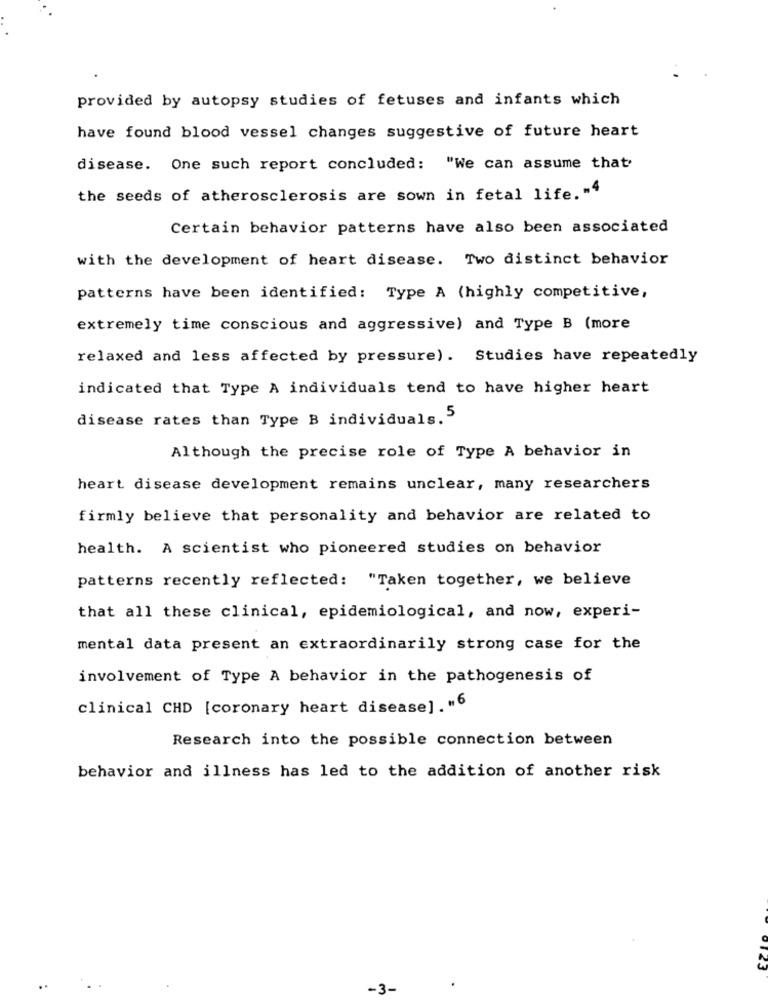
provided by autopsy studies of fetuses and infants which
have found blood vessel changes suggestive of future heart
disease. One such report concluded: "We can assume that
the seeds of atherosclerosis are sown in fetal life.""
Certain behavior patterns have also been associated
with the development of heart disease. Two distinct behavior
patterns have been identified: Type A (highly competitive,
extremely time conscious and aggressive) and Type B (more
relaxed and less affected by pressure). Studies have repeatedly
indicated that Type A individuals tend to have higher heart
disease rates than Type B individuals. 5
Although the precise role of Type A behavior in
heart disease development remains unclear, many researchers
firmly believe that personality and behavior are related to
health. A scientist who pioneered studies on behavior
patterns recently reflected: "Taken together, we believe
that all these clinical, epidemiological, and now, experi-
mental data present an extraordinarily strong case for the
involvement of Type A behavior in the pathogenesis of
clinical CHD [coronary heart disease]. "6
Research into the possible connection between
behavior and illness has led to the addition of another risk
123
-3-